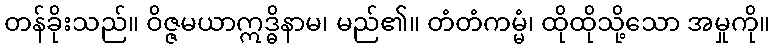
တန်ခိုးသည်။ ဝိဇ္ဇမယာဣဒ္ဓိနာမ၊ မည်၏။ တံတံကမ္မံ၊ ထိုထိုသို့သော အမှုကို။